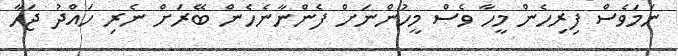
ނަމަވެސް ފިރިހެން މީހާ ވެސް މީހުންނަށް ފެންނާނެހެން ބޭރަށް ނެރި ހައްދު ޖަހާ